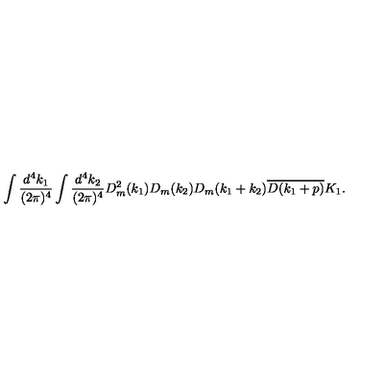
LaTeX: \begin{array} { c } { \displaystyle \int \frac { d ^ { 4 } k _ { 1 } } { ( 2 \pi ) ^ { 4 } } \int \frac { d ^ { 4 } k _ { 2 } } { ( 2 \pi ) ^ { 4 } } D _ { m } ^ { 2 } ( k _ { 1 } ) D _ { m } ( k _ { 2 } ) D _ { m } ( k _ { 1 } + k _ { 2 } ) \overline { { D ( k _ { 1 } + p ) } } K _ { 1 } . } \\ \end{array}